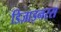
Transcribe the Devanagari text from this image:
डिज़ाइनरस